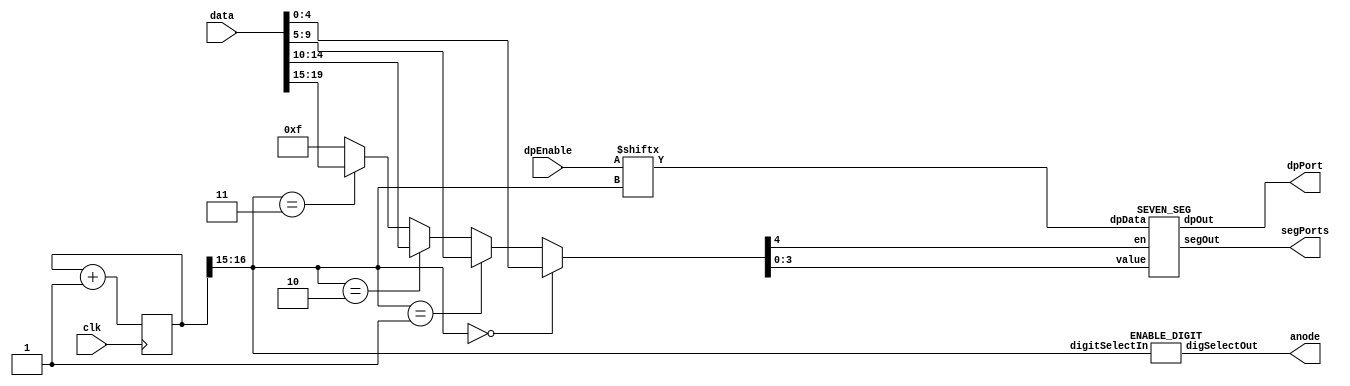
`timescale 1ns / 1ps
//////////////////////////////////////////////////////////////////////////////////
// Company: 
// Engineer: 
// 
// Design Name: 
// Module Name: DISPLAY
// Project Name: 
// Target Devices: 
// Tool Versions: 
// Description: 
// 
// Dependencies: 
// 
// Revision:
// Revision 0.01 - File Created
// Additional Comments:
// 
//////////////////////////////////////////////////////////////////////////////////


module DISPLAY(
    input [19:0] data,      //5 bits per display, MSB enable with 4 bits for hex code
    input clk,
    //input [3:0] display_en,
    input [3:0] dpEnable,   //decimal point enable for each display
    output [6:0] segPorts,   //ports corresponding to each segment (all displays share these ports)
    output dpPort,
    output [3:0] anode      //specifies which of the 4 displays to be temp turned on while cycling
    );
    
    //Cycle clock to display data to each of the 4 displays
    //For a decent test, change to 2.  For FPGA, change to 16
    parameter CLKBIT = 16;
    reg [CLKBIT:0] clk_div = 0;
    always @(posedge clk) begin
		clk_div <= clk_div + 1;	
	end 
	
	wire [1:0] digit_select; //used to select 1 of 4 displays
	assign digit_select = clk_div[CLKBIT:CLKBIT-1]; //use two MSB to select digits
	
	//now multiplex, i.e., send alternate 1 bit enable and 4 bits of the input value to the display
	wire [4:0] seg_data;	
	assign seg_data = (digit_select ==  2'b00 ) ? data[4:0]:
							 (digit_select ==  2'b01 ) ? data[9:5]:
							 (digit_select ==  2'b10 ) ? data[14:10]:
							 (digit_select ==  2'b11 ) ? data[19:15]:
							 4'b1111;
							 
    ENABLE_DIGIT M_EnableDigit(digit_select, anode);
    SEVEN_SEG M_Seg(seg_data[3:0], seg_data[4], dpEnable[digit_select], segPorts, dpPort);
endmodule


/*
https://sites.google.com/a/umn.edu/mxp-fpga/home/vivado-notes/phys4051-course-related-fpga-documents-and-verilog-code?authuser=0
Module take 4 bit binary value and displays its value in hex on a 7-seg display
args:   value = 4 bit value to display
        en = unit enable
        segOut = 7-segment encoding of hex value
        
          0
         ---
      5 |   | 1
         --- <--6
      4 |   | 2
         ---
          3
          
 Display Pin Outs:
		The pins for the 7 bit "sevenSegOut" must be assigned with a "synthesis attribute" statement and they correspond
		to pins: "P83 P17 P20 P21 P23 P16 P25" 
*/
module SEVEN_SEG (
    input [3:0] value, //HEX NUM TO DISPLAY
    input en, //HIGH=ENABLE DISPLAY, LOW=DISABLE DISPLAY
    input dpData,
    output [6:0] segOut,
    output dpOut
    );
    
    assign segOut =  ((value == 4'b0000)& en) ? 7'b1000000:   // 1
								 ((value == 4'b0001)& en) ? 7'b1111001:   // 1
								 ((value == 4'b0010)& en) ? 7'b0100100:   // 2
								 ((value == 4'b0011)& en) ? 7'b0110000:   // 3
								 ((value == 4'b0100)& en) ? 7'b0011001:   // 4
								 ((value == 4'b0101)& en) ? 7'b0010010:   // 5
								 ((value == 4'b0110)& en) ? 7'b0000010:   // 6
								 ((value == 4'b0111)& en) ? 7'b1111000:   // 7
								 ((value == 4'b1000)& en) ? 7'b0000000:   // 8
								 ((value == 4'b1001)& en) ? 7'b0010000:   // 9
								 ((value == 4'b1010)& en) ? 7'b0001000:   // A
								 ((value == 4'b1011)& en) ? 7'b0000011:   // b
								 ((value == 4'b1100)& en) ? 7'b1000110:   // C
								 ((value == 4'b1101)& en) ? 7'b0100001:   // d
								 ((value == 4'b1110)& en) ? 7'b0000110:   // E
								 ((value == 4'b1111)& en) ? 7'b0001110:   // F
								 7'b1111111;   // default i.e. all segments off!
	assign dpOut = ~dpData; //inverted for clarity so that 1=HIGH
endmodule




//Module takes a 2 bit binary input value and enables one of the four 7-segment displays.
//
// Arguments:
//		Input: "digitSelectIn" a 2 bit value which enables one of the four display digits, with 0 
//				corresponding to the rightmost one, and 3 to the leftmost.
//		Output: "digSelectOut" the 4 bit value corresponding to "digitSelectIn" that turns only
//				one of the 4 displays on by setting its corresponding anode pin low.
//
// Display Pin Outs:
//		The pins to turn a digit on or off must be assigned with a "synthesis attribute" statement and they correspond
// 	to pins: "P26  P32 P33 P34"
module ENABLE_DIGIT( digitSelectIn, digSelectOut);
	input [1:0] digitSelectIn; //0 is right most digit, 1 is 2nd rightmost etc, 3 is leftmost
	output [3:0] digSelectOut; //digit selections to turn individual digit (anodes) on or off	
	assign digSelectOut = (digitSelectIn == 2'b00) ? 4'b1110:   // right most digit
								 (digitSelectIn == 2'b01) ? 4'b1101:   // 2nd right most digit
								 (digitSelectIn == 2'b10) ? 4'b1011:   // 3rd right most digit
								 (digitSelectIn == 2'b11) ? 4'b0111:   // left most digit
								 4'b0000;   //DEFAULT: enable all digits
      
			
endmodule